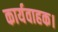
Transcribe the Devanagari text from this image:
कार्यवाहक।